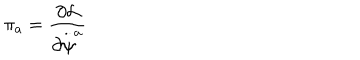
LaTeX: \pi _ { a } = \frac { \partial { \cal L } } { \partial \stackrel { . . } { \psi } ^ { a } }